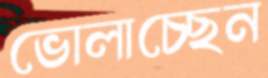
ভোলাচ্ছেন